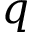
q